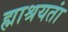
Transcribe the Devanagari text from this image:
ह्माश्रयतां